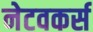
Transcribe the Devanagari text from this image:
नेटवकर्स